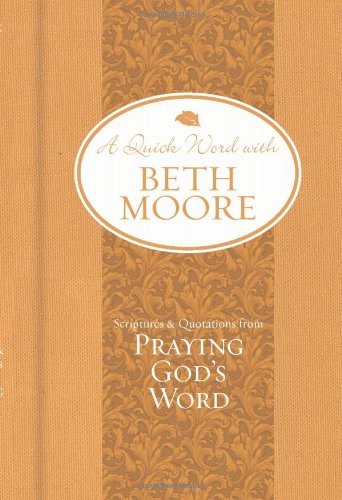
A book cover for Scriptures and Quotations from Praying God's Word (A Quick Word with Beth Moore); Beth Moore; Christian Books & Bibles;